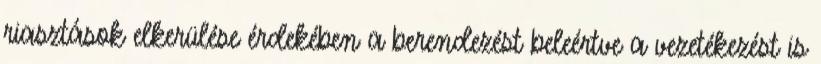
riasztások elkerülése érdekében a berendezést beleértve a vezetékezést is